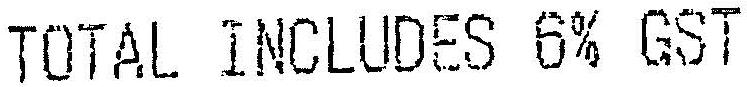
TOTAL INCLUDES 6% GST